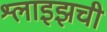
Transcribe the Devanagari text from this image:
श्लाइझची